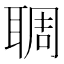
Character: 䎻